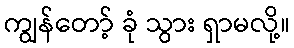
ကျွန်တော့် ခုံ သွား ရှာမလို့။